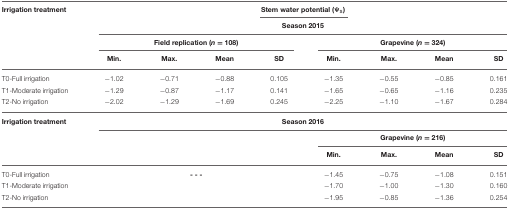
<table><thead><tr><td><b>Irrigation treatment</b></td><td colspan="3"></td><td colspan="2"><b>Stem water potential (ψ<sub>s</sub>)</b></td><td colspan="3"></td></tr><tr><td></td><td colspan="8"><b>Season 2015</b></td></tr><tr><td></td><td colspan="4"><b>Field replication (<i>n</i> = 108)</b></td><td colspan="4"><b>Grapevine (<i>n</i> = 324)</b></td></tr><tr><td></td><td><b>Min.</b></td><td><b>Max.</b></td><td><b>Mean</b></td><td><b>SD</b></td><td><b>Min.</b></td><td><b>Max.</b></td><td><b>Mean</b></td><td><b>SD</b></td></tr></thead><tbody><tr><td>T0-Full irrigation</td><td>−1.02</td><td>−0.71</td><td>−0.88</td><td>0.105</td><td>−1.35</td><td>−0.55</td><td>−0.85</td><td>0.161</td></tr><tr><td>T1-Moderate irrigation</td><td>−1.29</td><td>−0.87</td><td>−1.17</td><td>0.141</td><td>−1.65</td><td>−0.65</td><td>−1.16</td><td>0.235</td></tr><tr><td>T2-No irrigation</td><td>−2.02</td><td>−1.29</td><td>−1.69</td><td>0.245</td><td>−2.25</td><td>−1.10</td><td>−1.67</td><td>0.284</td></tr><tr><td><b>Irrigation treatment</b></td><td colspan="8"><b>Season 2016</b></td></tr><tr><td></td><td colspan="4"></td><td colspan="4"><b>Grapevine (<i>n</i> = 216)</b></td></tr><tr><td></td><td colspan="4"></td><td><b>Min</b>.</td><td><b>Max</b>.</td><td><b>Mean</b></td><td><b>SD</b></td></tr><tr><td>T0-Full irrigation</td><td colspan="4"><b>- - -</b></td><td>−1.45</td><td>−0.75</td><td>−1.08</td><td>0.151</td></tr><tr><td>T1-Moderate irrigation</td><td colspan="4"></td><td>−1.70</td><td>−1.00</td><td>−1.30</td><td>0.160</td></tr><tr><td>T2-No irrigation</td><td colspan="4"></td><td>−1.95</td><td>−0.85</td><td>−1.36</td><td>0.254</td></tr></tbody></table>